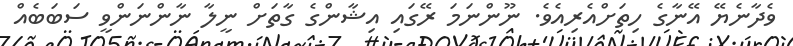
ވެދާނެޔޭ އޭނާގެ ހިތަށްއެރިއެވެ. ނޫންނަމަ ރޭގައި އިޝާންގެ ގާތަށް ނީލާ ނާންނަންވީ ސަބަބެއް